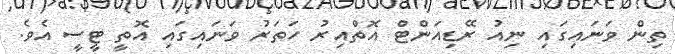
ތިން ވަނައިގައި ނިއު ރޭޑިއަންޓް އޮތްއިރު ހަތަރު ވަނައިގައި އޮތީ ޓީސީ އެވެ.